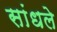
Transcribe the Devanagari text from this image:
सांधले